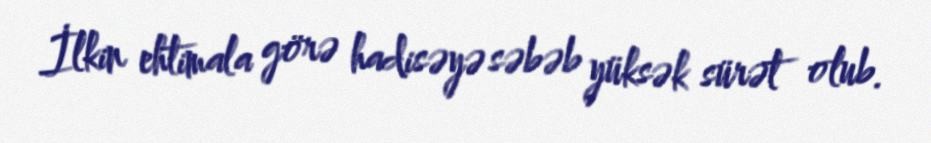
İlkin ehtimala görə hadisəyə səbəb yüksək sürət olub.